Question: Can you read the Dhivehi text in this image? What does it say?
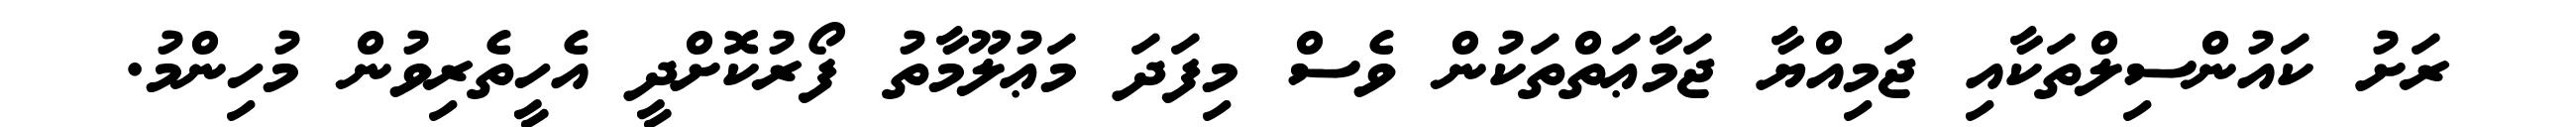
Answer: ރަށު ކައުންސިލްތަކާއި ޖަމިއްޔާ ޖަމާޢަތްތަކުން ވެސް މިފަދަ މަޢުލޫމާތު ފޯރުކޮށްދީ އެހީތެރިވުން މުހިންމު.